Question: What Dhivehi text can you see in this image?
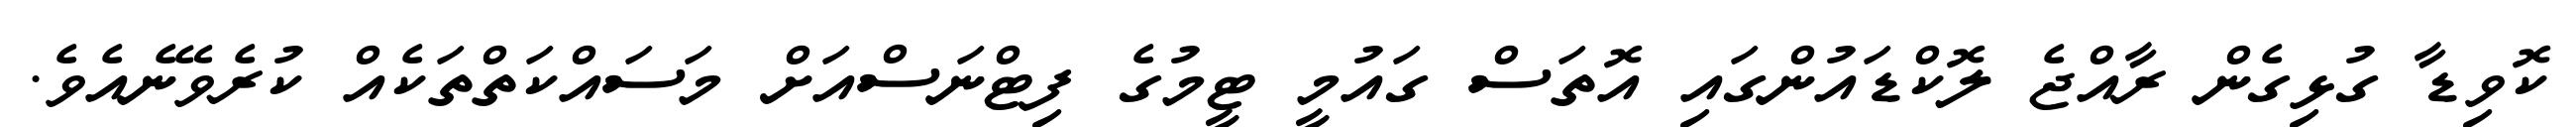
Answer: ކޮވިޑާ ގުޅިގެން ރާއްޖެ ލޮކްޑައުންގައި އޮތަސް ގައުމީ ޓީމުގެ ފިޓްނަސްއަށް މަސައްކަތްތަކެއް ކުރެވޭނެއެވެ.